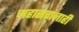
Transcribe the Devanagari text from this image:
महासत्तांनाही